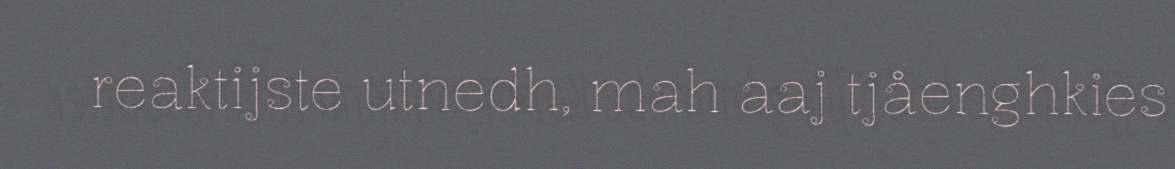
reaktijste utnedh, mah aaj tjåenghkies